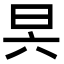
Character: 昗